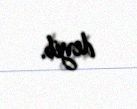
deyib.